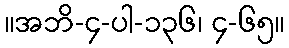
။အဘိ-၄-ပါ-၁၃၆၊ ၄-၆၅။